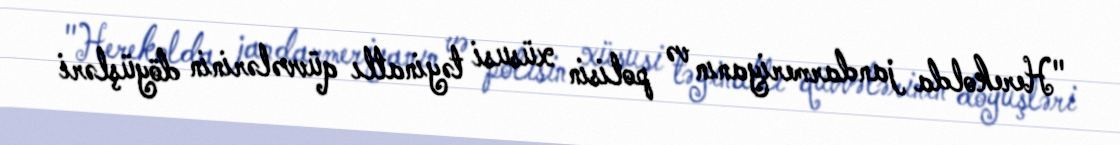
"Herekolda jandarmeriyanın və polisin xüsusi təyinatlı qüvvələrinin döyüşləri